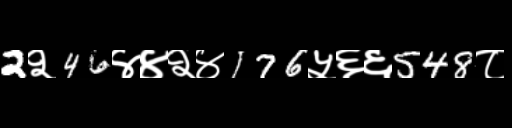
Text: 2२46४४२४176५६६548८